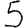
Digit: 5